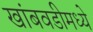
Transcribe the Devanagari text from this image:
खांबवडीमध्ये